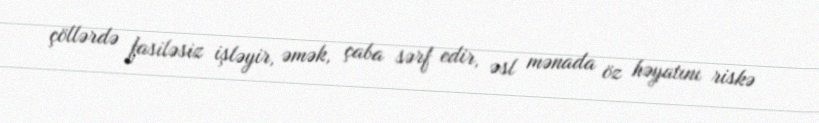
çöllərdə fasiləsiz işləyir, əmək, çaba sərf edir, əsl mənada öz həyatını riskə